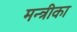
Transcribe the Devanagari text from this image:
मन्त्रीका